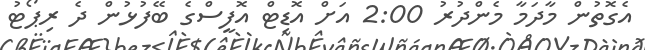
އެގޮތުން މާދަމާ މެންދުރު 2:00 އަށް އޮޑިޓް އޮފީސްގެ ބޭފުޅުން ދެ ރިޕޯޓު